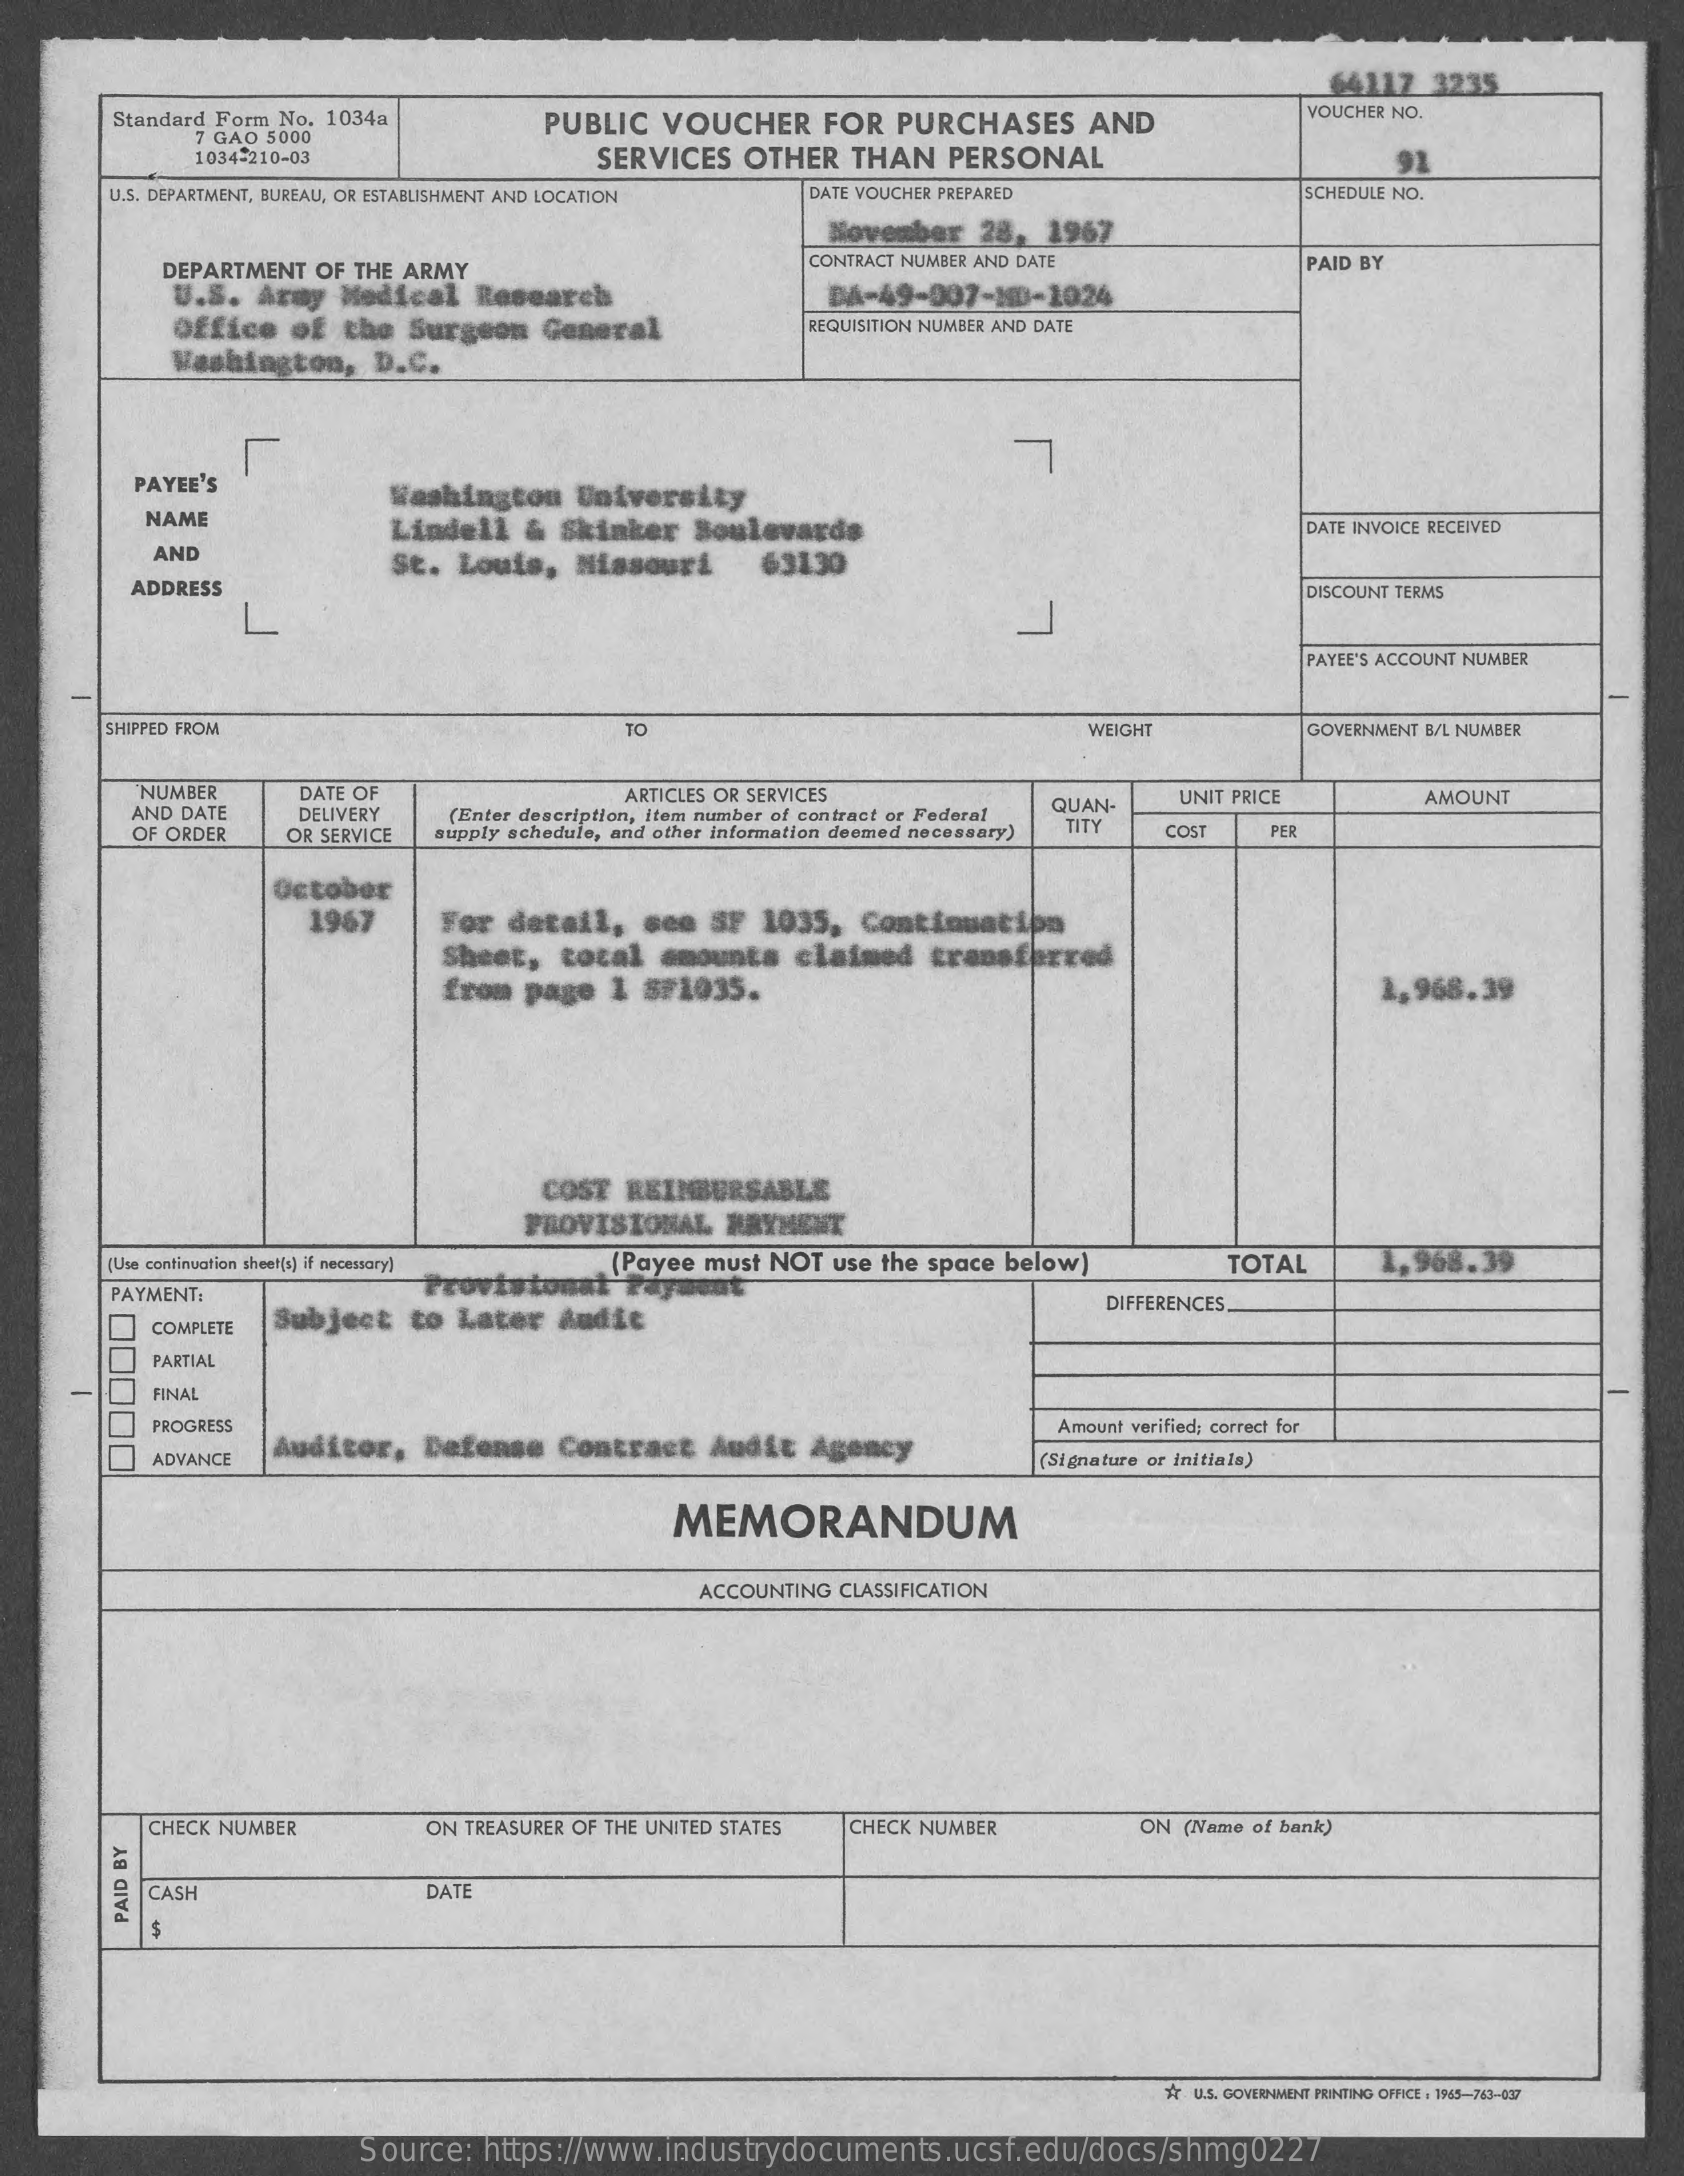
64117 3235
     Standard Form No. 1034a  PUBLIC VOUCHER   FOR PURCHASES  AND
     VOUCHER NO.
     7 GAO 5000
     1034-210-03    SERVICES OTHER THAN PERSONAL
     U.S. DEPARTMENT, BUREAU, OR ESTABLISHMENT AND LOCATION DATE VOUCHER PREPARED SCHEDULE NO.
     November 28, 1967
     DEPARTMENT OF THE ARMY
     CONTRACT NUMBER AND DATE    PAID BY
     U.S. Army Medical Research    DA-49-007-ND-1024
     Office of the Surgeon General    REQUISITION NUMBER AND DATE
     Washington, D.C.
     1
     PAYEE'S    Washington University
     NAME    Lindell & Skinker Boulevards    DATE INVOICE RECEIVED
     AND
     St. Louis, Missouri   63130
     ADDRESS    DISCOUNT TERMS
     PAYEE'S ACCOUNT NUMBER
     SHIPPED FROM    TO    WEIGHT    GOVERNMENT B/L NUMBER
     NUMBER   DATE OF
     AND DATE  DELIVERY
     ARTICLES OR SERVICES    QUAN-  UNIT PRICE
     OF ORDER
     (Enter description, item number of contract or Federal
     AMOUNT
     OR SERVICE supply schedule, and other information deemed necessary) TITY COST PER
     October
     1967    For detail, see SF 1035, Continuation
     Sheet, total amounts claimed transferred
     from page 1 5F1035.    1,968.39
     COST REIMBURSABLE
     PROVISIONAL HRYHENT
     (Use continuation sheet(1) if necessary] .(Payee must NOT use the space below)
     Provistonat Payant
     TOTAL    1,968.39
     PAYMENT:
     COMPLETE Subject to Later Audit
     DIFFERENCES.
     PARTIAL
     FINAL
     PROGRESS
     Auditor, Defense Contract Audit Agency
     Amount verified; correct for
     ADVANCE    Signature or initiala)
     MEMORANDUM
     ACCOUNTING CLASSIFICATION
     CHECK NUMBER    ON TREASURER OF THE UNITED STATES CHECK NUMBER ON (Name of bank)
     CASH    DATE
     PAID
     BY
     *r U.S. GOVERNMENT PRINTING OFFICE : 1965-763-037
     Source: https://www.industrydocuments.ucsf.edu/docs/shmg0227